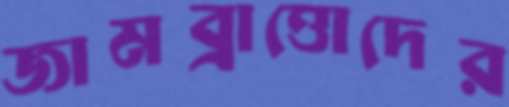
জামব্রাত্তোদের